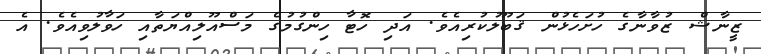
ޒީނާޝް ޒުވާނާގެ ހުށަހެޅުން ޤަބޫލުކުރިއެވެ. އަދި ހޮޓާ ހިންގުމުގެ މަސްއޫލިއްޔަތާއި ހަވާލުވިއެވެ. އެ